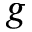
g